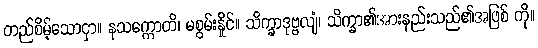
တည်စိမ့်သောငှာ။ နသက္ကောတိ၊ မစွမ်းနှိုင်။ သိက္ခာဒုဗ္ဗလျံ၊ သိက္ခာ၏အားနည်းသည်၏အဖြစ် ကို။